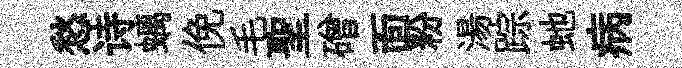
愁诗螭俛毛聖磳靣粉湯踪虵病